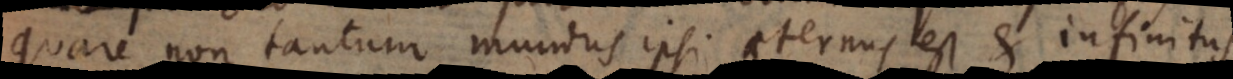
quare non tantum mundus ipsi aeternus est et infinitus,